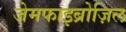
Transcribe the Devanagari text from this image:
जेमफाइब्रोज़िल